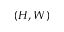
( H , W )